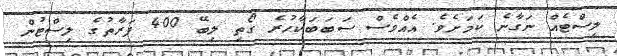
ލިސްޓެއް ނަގާނެ ކަމަށެވެ. އެއްވެސް ސަބަބަކާހުރެ ގޯތި ލިބޭ 400 ފަރާތުގެ ލިސްޓުން